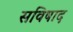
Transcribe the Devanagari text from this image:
सविषाद